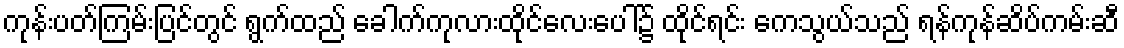
ကုန်းပတ်ကြမ်းပြင်တွင် ရွက်ထည် ခေါက်ကုလားထိုင်လေးပေါ်၌ ထိုင်ရင်း ကေသွယ်သည် ရန်ကုန်ဆိပ်ကမ်းဆီ